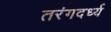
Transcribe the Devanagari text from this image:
तरंगदर्ध्य